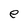
Character: e